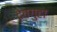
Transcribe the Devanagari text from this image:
देवगुहा